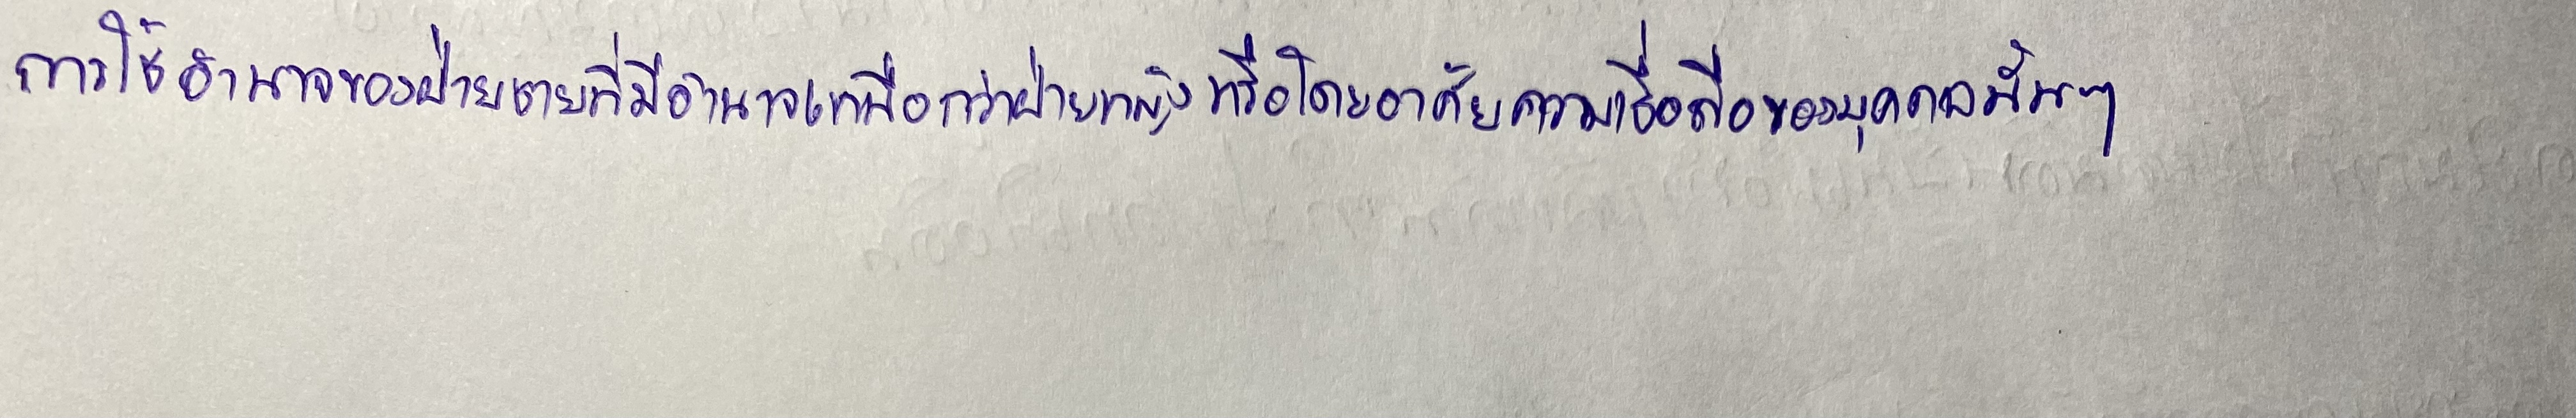
การใช้อำนาจของฝ่ายชายที่มีอำนาจเหนือกว่าฝ่ายหญิงหรือโดยอาศัยความเชื่อถือของบุคคลนั้นๆ